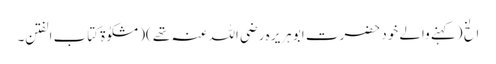
الخ (کہنے والے خود حضرت ابو ہریرہ رضی اللہ عنہ تھے )(مشکوٰۃ کتاب الفتن ۔